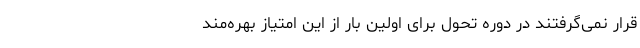
قرار نمی‌گرفتند در دوره تحول برای اولین بار از این امتیاز بهره‌مند